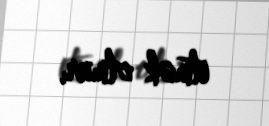
etmək olmur.